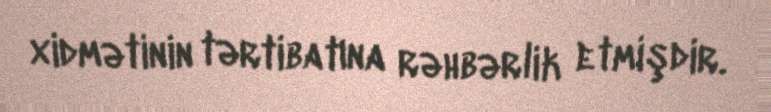
xidmətinin tərtibatına rəhbərlik etmişdir.